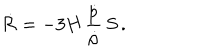
LaTeX: \dot { { \cal R } } = - 3 H \, \frac { \dot { p } } { \dot { \rho } } \, S \, .